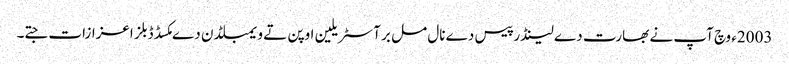
2003ء وچ آپ نے بھارت دے لینڈر پیس دے نال مل بر آسٹریلین اوپن تے ویمبلڈن دے مکسڈ ڈبلز اعزازات جتے۔